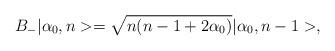
LaTeX: \begin{align*}B_{-} |\alpha_{0},n>=\sqrt{n(n-1+2\alpha_{0})}|\alpha_{0},n-1>,\end{align*}